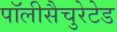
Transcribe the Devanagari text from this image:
पॉलीसैचुरेटेड